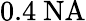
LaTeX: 0.4~\mathrm{NA}